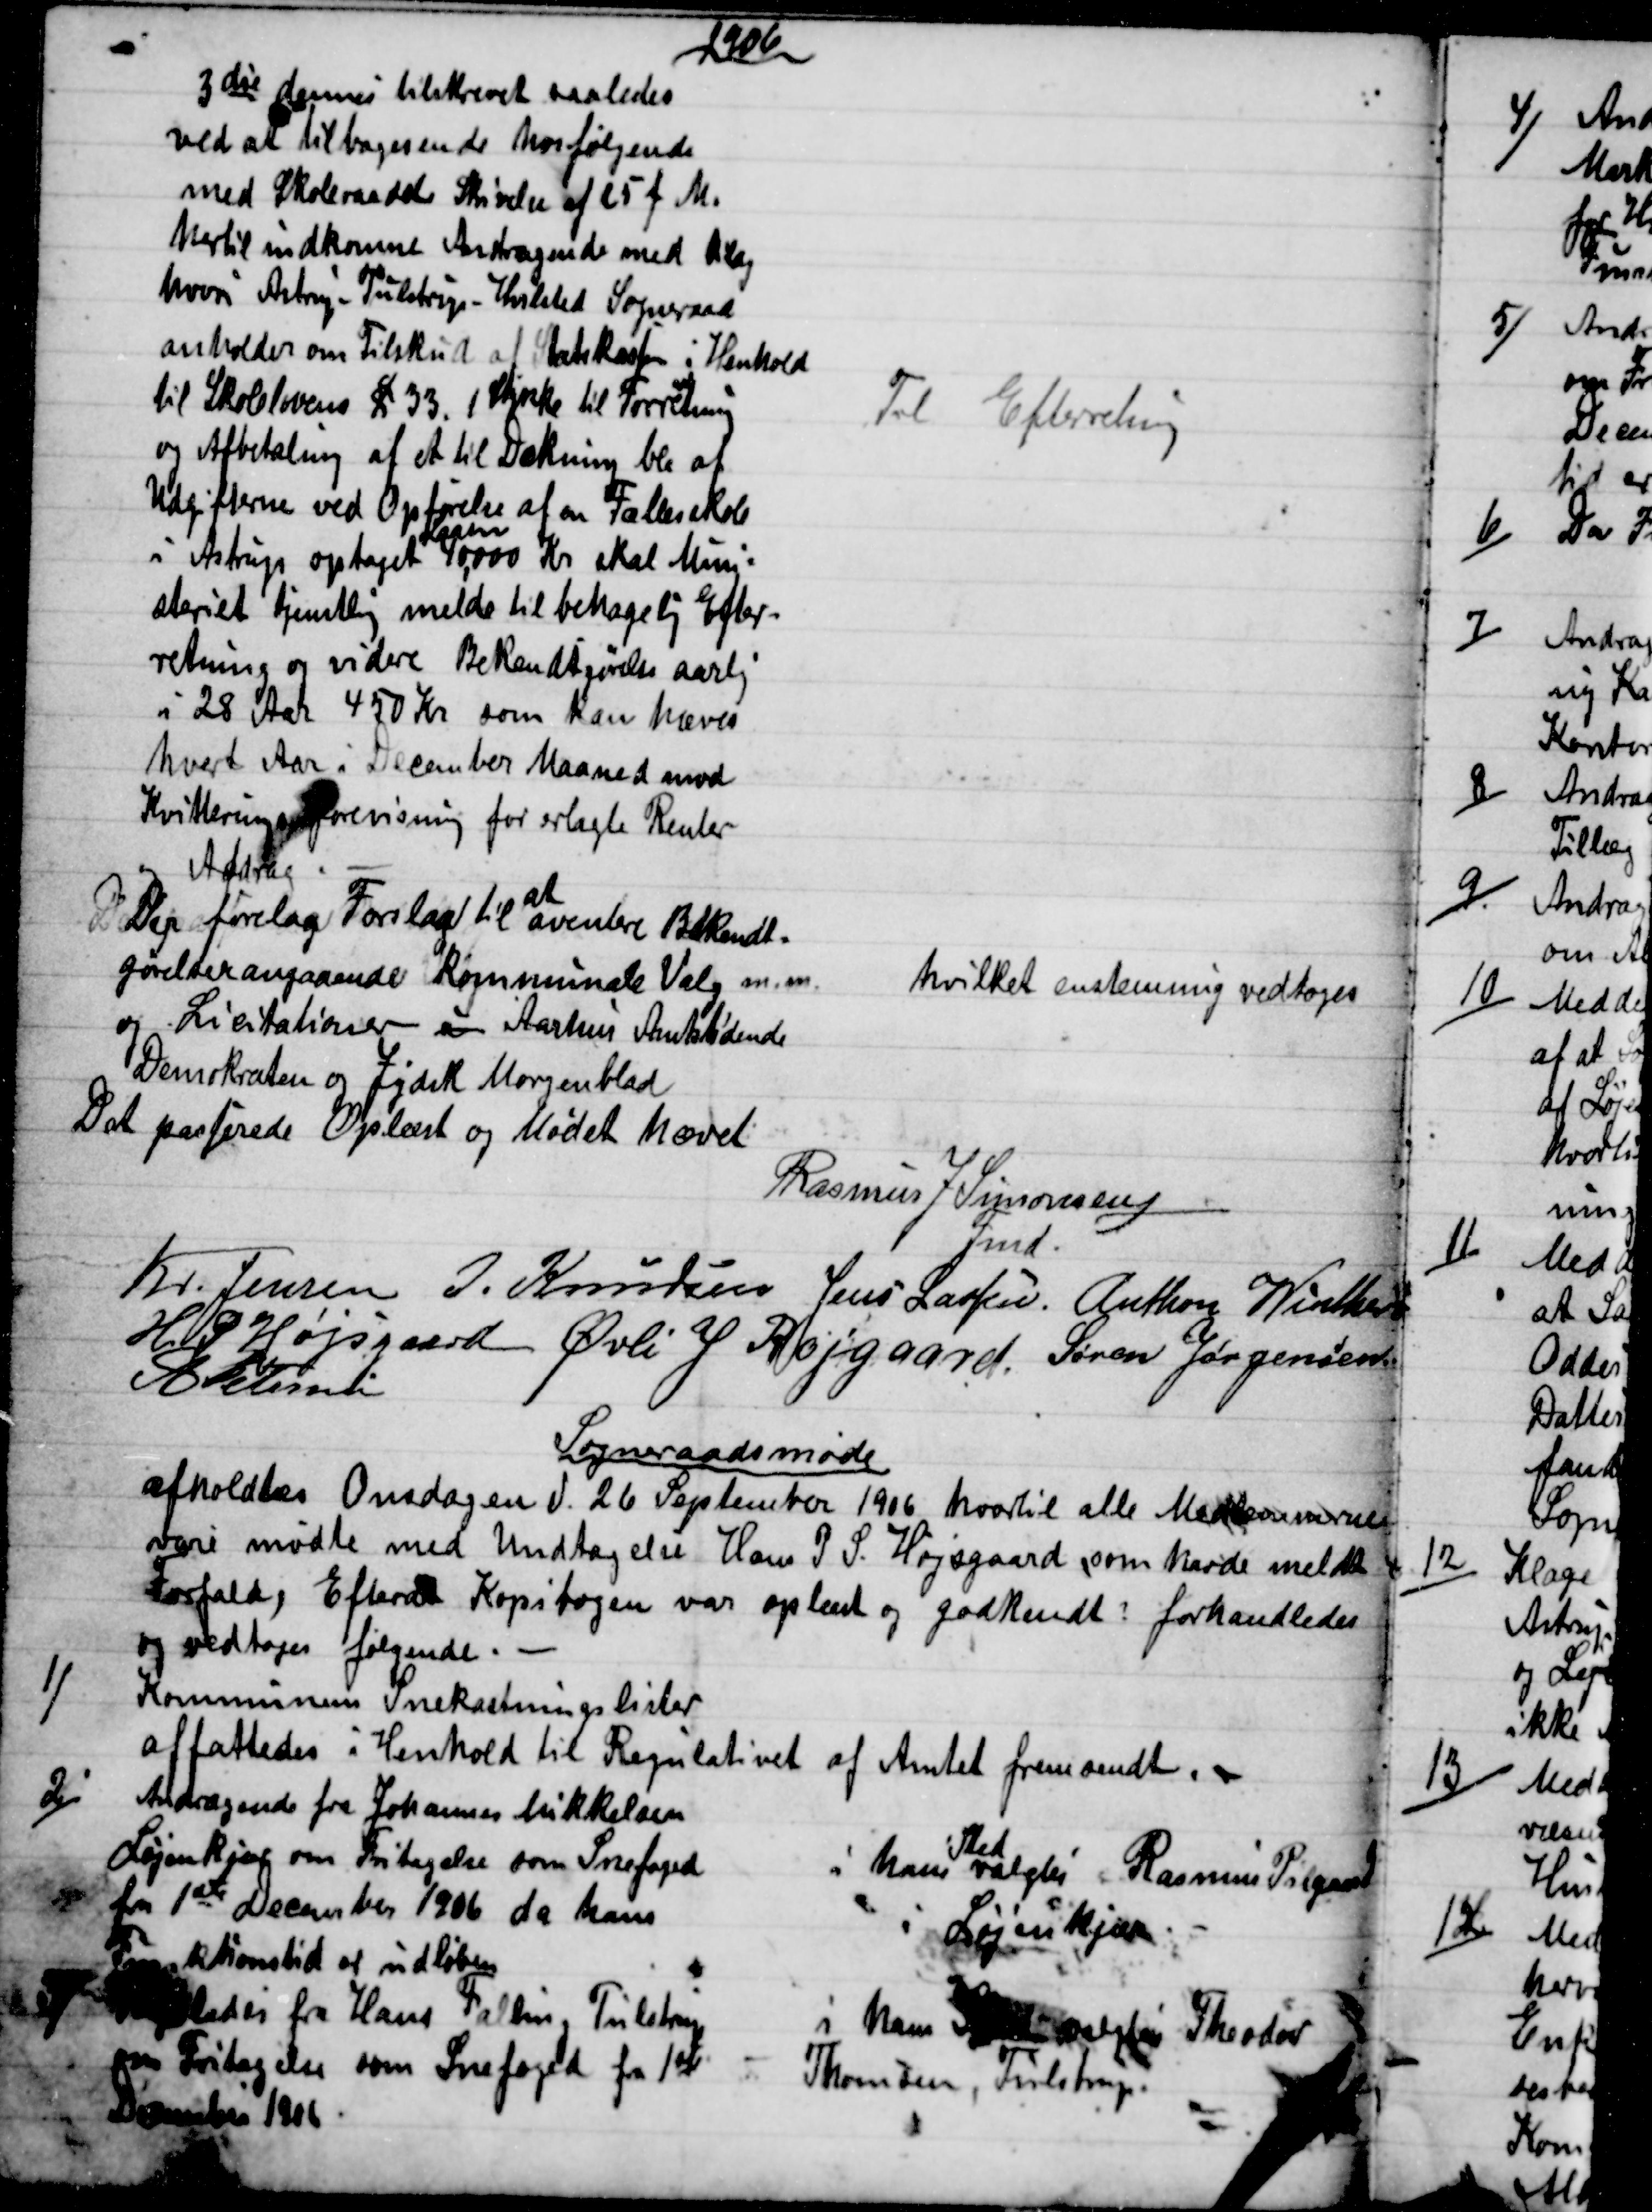
Transskription:
1906
3die dennes tilskrevet saaledes
ved at tilbagesende herfølgende
med Skoleraadet Skrivelse af 25 f. M.
hertil indkomne Andragende med Bilag
hvori Astrup-Tulstrup-Hvilsted Sogneraad
anholder om Tilskud af Statskassen i Henhold
til Skolelovens § 33. 1 Stykke til Forretning
og Afbetaling af et til Dækning bla af
Udgifterne ved Opførelse af en Fællesskole
i Astrup optaget 
Laan
40,000 Kr skal Mini=
steriet tjenstlig melde til behagelig Efter-
retning og videre Bekendtgørelse aarlig
i 28 Aar 450 Kr som kan hæves
hvert Aar i December Maaned mod
Kvitterings forevisning for erlagte Renter
og Afdrag.
Til Efteretning
Der forelaa Forslag til 
at
aventere Bekendt=
gørelser angaaende Kommunale Valg m. m.
og Licitationer i Aarhus Amtstidende
Demokraten og Jydsk Morgenblad.
hvilket enstemmig vedtoges.
Det passerede Oplæst og Mødet hævet
Rasmus J Simonsen
Fmd
Kr. Jensen  J. Knudsen  Jens Lassen.  Anthon Winther
HP Højsgaard  Øvli S Røjgaard.  Søren Jørgensen
A Petersen
 Sogneraadsmøde
afholdtes Onsdagen d. 26 September 1906 hvortil alle Medlemmerne
vare mødte med Undtagelse Hans P. S. Højsgaard, som havde meldt
Forfald, Efterat Kopibogen var oplæst og godkendt: forhandledes
og vedtoges følgende.
1)
Kommunens Snekastningslister
affattedes i Henhold til Regulativet af Amtet fremsendt. 
2)
Andragende fra Johannes Mikkelsen
Løjenkjær om Fritagelse som Snefoged
fra 1ste December 1906, da hans
Funktionstid er udløben
i hans 
Sted
valgtes Rasmus Pilgaard
i Løjenkjær
3)
 fra Hans Falling Tulstrup
om Fritagelse som Snefoged fra 1ste
December 1906
i hans Sted valgtes Theodor
Thomsen, Tulstrup.